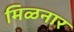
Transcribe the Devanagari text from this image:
मिळनार